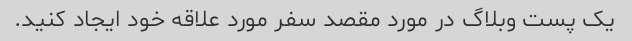
یک پست وبلاگ در مورد مقصد سفر مورد علاقه خود ایجاد کنید.